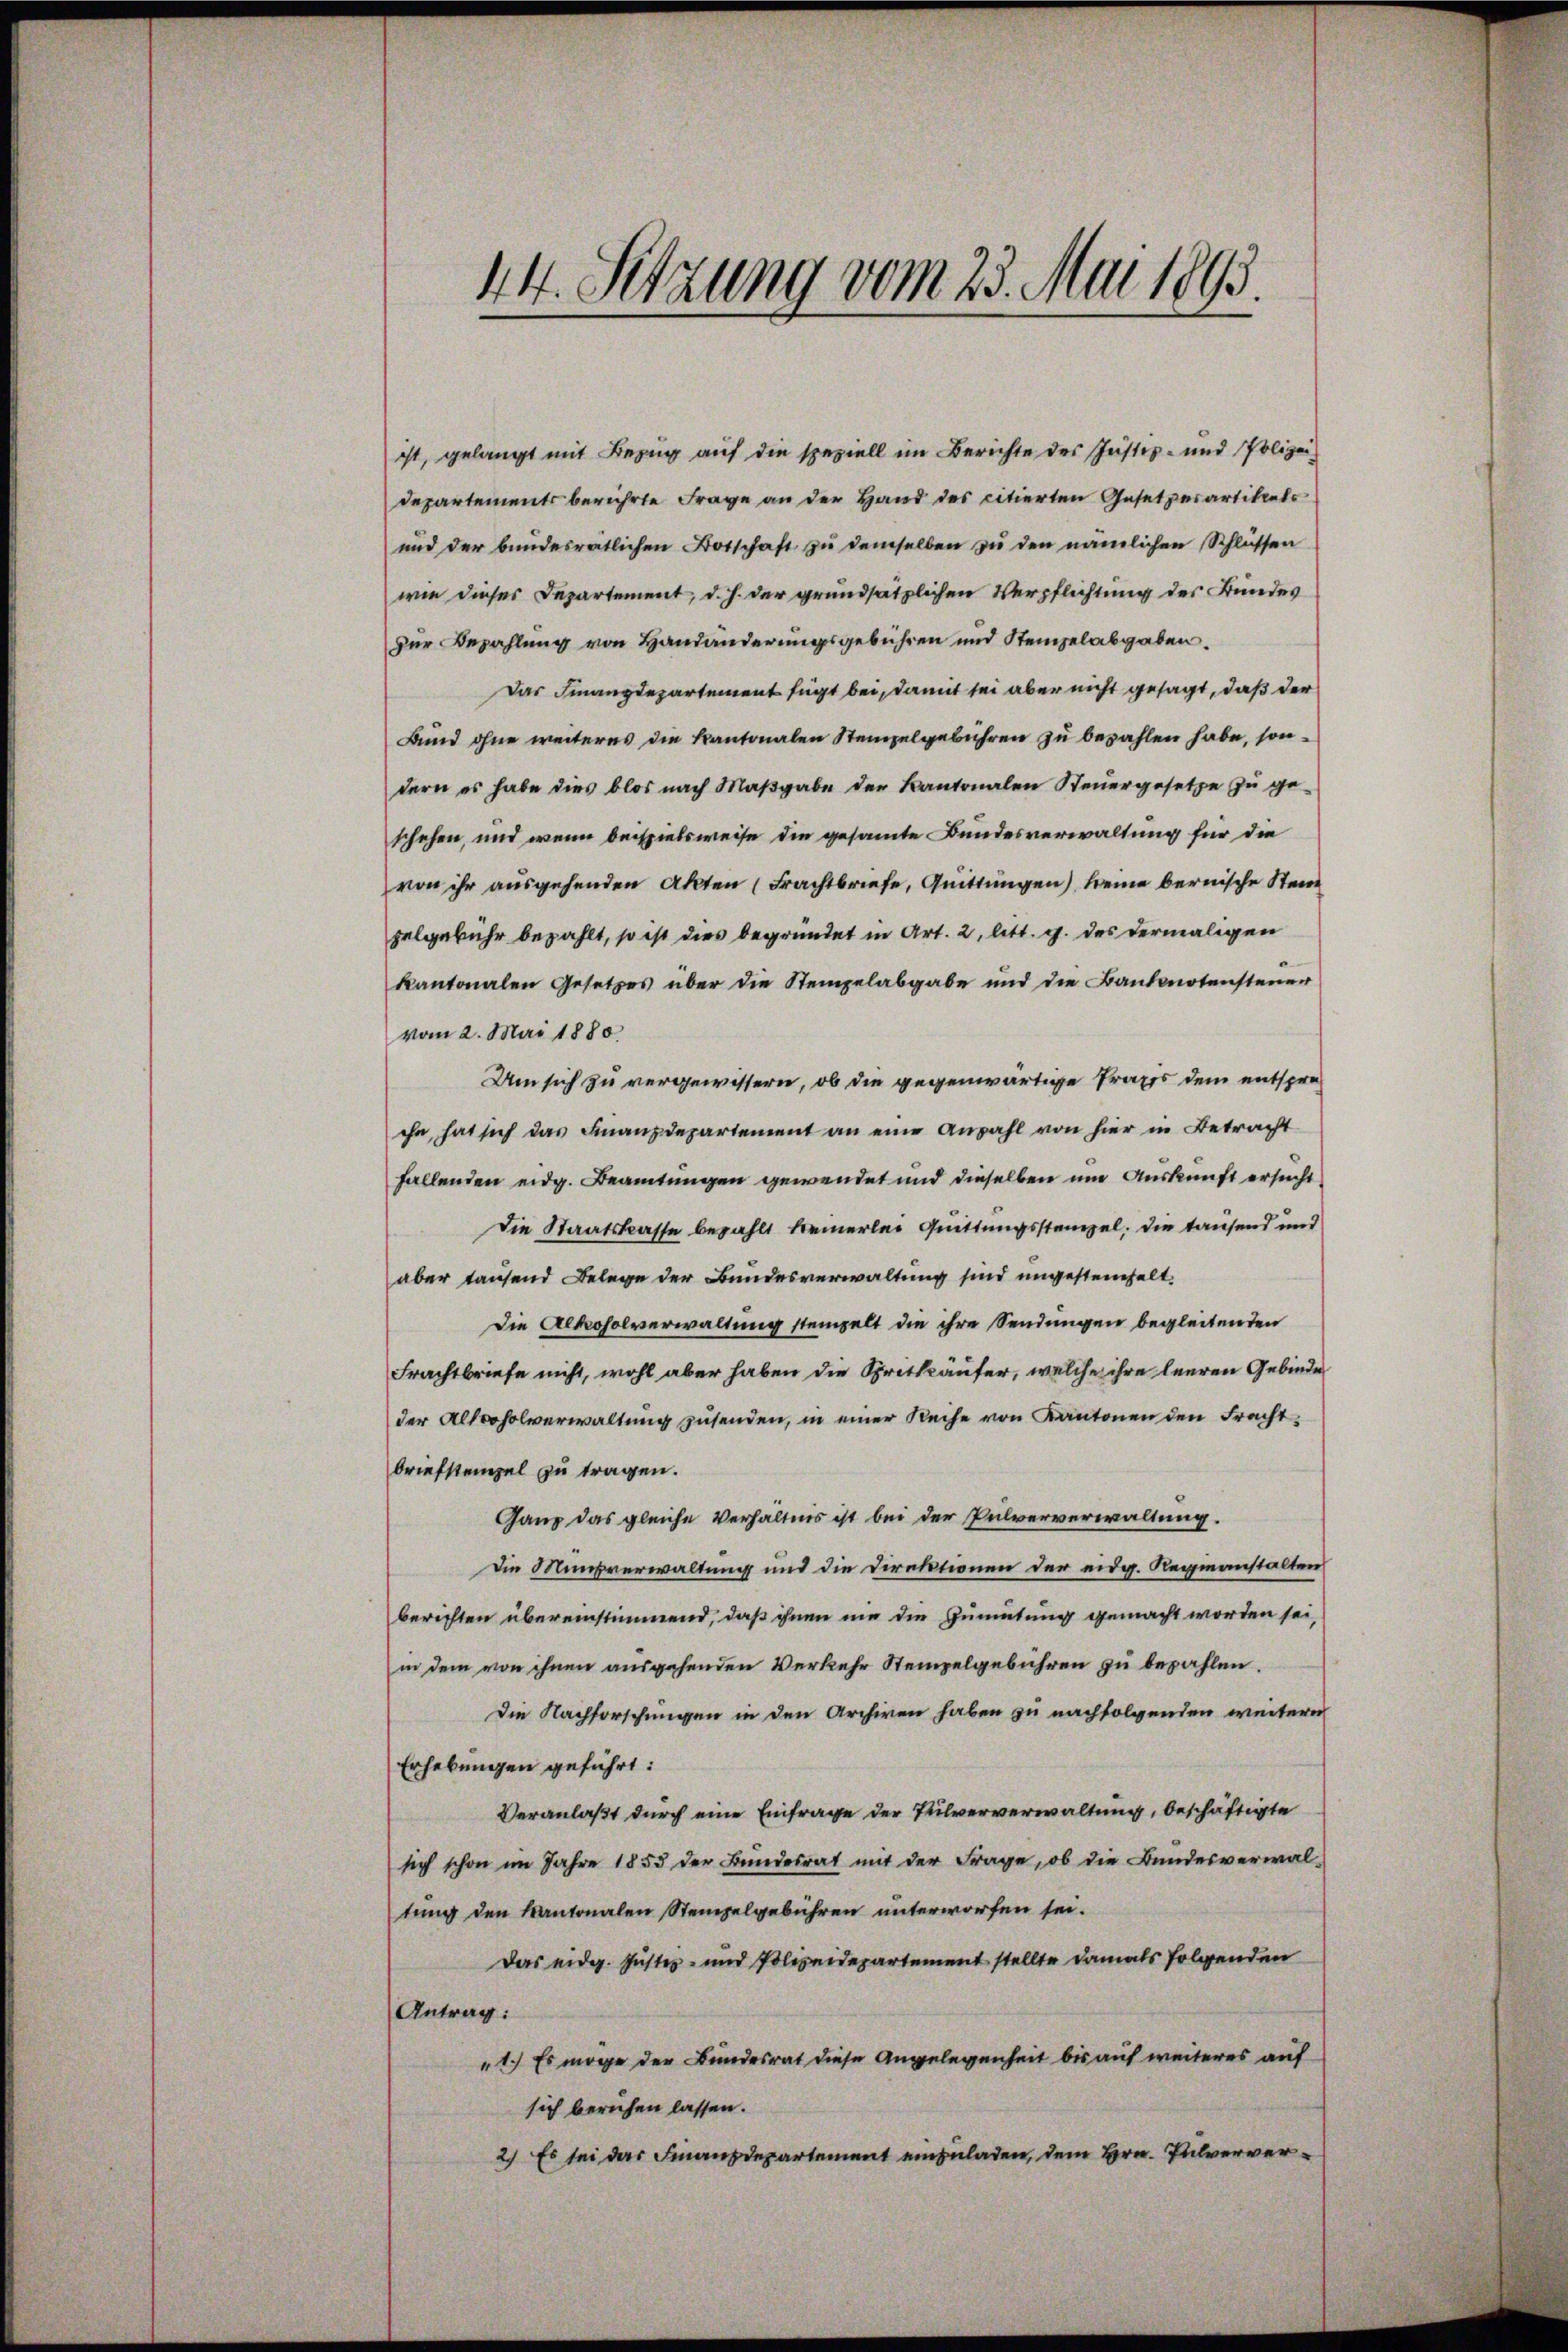
44. Setzung vom 23. Mai 1893.

ist, gelangt mit Bezug auf die speziell im Berichte des Justiz- und Polizei¬
Departements berührte Frage an der Hand des citierten Gesetzesartikels
und der bundesrätlichen Botschaft zŭ demselben zŭ den nämlichen Schlüssen
wie dieses Departement, d. h. der grundsätzlichen Verpflichtung des Bundes
zur Bezahlung von Handänderungsgebühren und Stempelabgaben.
Das Finanzdepartement fügt bei, damit sei aber nicht gesagt, daß der
Bund ohne weiteres die Kantonalen Stempelgebühren zu bezahlen habe, sondern es habe dies blos nach Maβgabe der Kantonalen Steuergesetze zu ge-
schehen, und wenn beispielsweise die gesamte Bundesverwaltung für die
von ihr ausgehenden Akten (Frachtbriefe, Quittungen) keine bernische Stein
pelgebühr bezahlt, so ist dies begründet in Art. 2, litt. g. des dermaligen
kantonalen Gesetzes über die Stempelabgabe und die Banknotensteuer
vom 2. Mai 1880
Um sich zu vergewissern, ob die gegenwärtige Praxis dem entspreche, hat sich das Finanzdepartement an eine Anzahl von hier in Betracht
fallenden eidg. Beamtungen gewendet und dieselben um Auskunft ersucht
Die Staatskasse bezahlt keinerlei Quittungsstempel, die tausend und
aber tausend Belege der Bundesverwaltung sind ungesteifelt
Die Alkoholverwaltung stempelt die ihre Sendungen begleitenden
Frachtbriefe nicht, wohl aber haben die Spritkäufer, welche ihre leeren Gebinde
der Altooholverwaltung zusenden, in einer Reihe von Kantonen den Frachtbriefstempel zu tragen.
Ganz das gleiche Verhältnis ist bei der Pulververwaltung.
Die Misverwaltung und die Direktionen der eidg. Regieanstalten
berichten übereinstimmend, daß ihnen nie die Gemütung gemacht worden sei,
in dem von ihnen ausgehenden Verkehr Stempelgebühren zu bezahlen.
Die Nachforschungen in den Archiven haben zu nachfolgenden weitern
Erhebungen geführt:
Veranlaßt durch eine Einfrage der Teilververwaltung, beschäftigte
sich schon im Jahre 1853 der Bundesrat mit der Frage, ob die Bundesverwal-
tung den Kantonalen Stempelgebühren unterworfen sei.
Das eidg. Justiz- und Polizeidepartement stellte damals folgenden
Antrag:
"1.) Es möge der Bundesrat diese Angelegenheit bis auf weiteres auf
sich beruhen lassen.
2) Es sei das Finanzdepartement einzuladen, dem Hrn. Pulverver¬